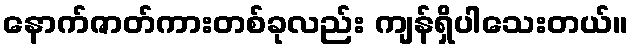
နောက်ဇာတ်ကားတစ်ခုလည်း ကျန်ရှိပါသေးတယ်။